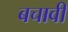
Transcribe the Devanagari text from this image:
बचावी